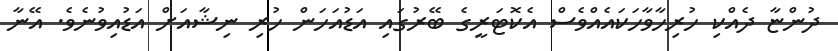
ދުންޏާ ދެއްކި ހުރިހާވާހަކައެއްވެސް އެކޮޓަރީގެ ބޭރުގައި އަޑުއަހަން ހުރި ނިޝާއަށް އަޑުއިވުނެވެ. އޭނާ